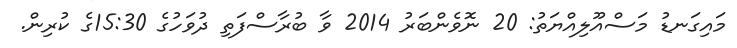
މައިގަނޑު މަސްއޫލިއްޔަތު: 20 ނޮވެންބަރު 2014 ވާ ބުރާސްފަތި ދުވަހުގެ 15:30ގެ ކުރިން.